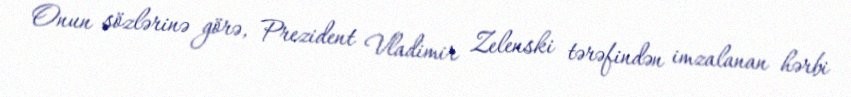
Onun sözlərinə görə, Prezident Vladimir Zelenski tərəfindən imzalanan hərbi